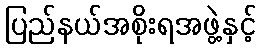
ပြည်နယ်အစိုးရအဖွဲ့နှင့်